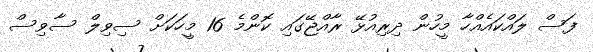
ފަސް ލައްކައެއްހާ މީހުން ދިރިއުޅޭ ރާއްޖޭގައި ކޮންމެ 16 މީހަކަށް ސިވިލް ސާވިސް